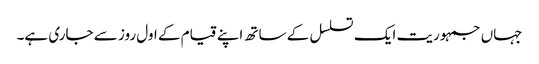
جہاں جمہوریت ایک تسلسل کے ساتھ اپنے قیام کے اول روز سے جاری ہے۔